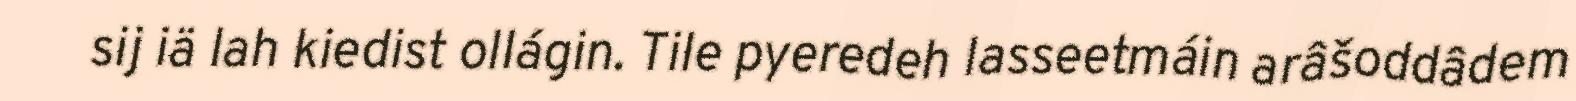
sij iä lah kiedist ollágin. Tile pyeredeh lasseetmáin arâšoddâdem